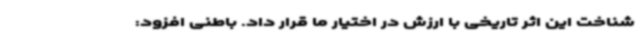
شناخت این اثر تاریخی با ارزش در اختیار ما قرار داد. باطنی افزود: